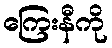
ကြေးနီကို